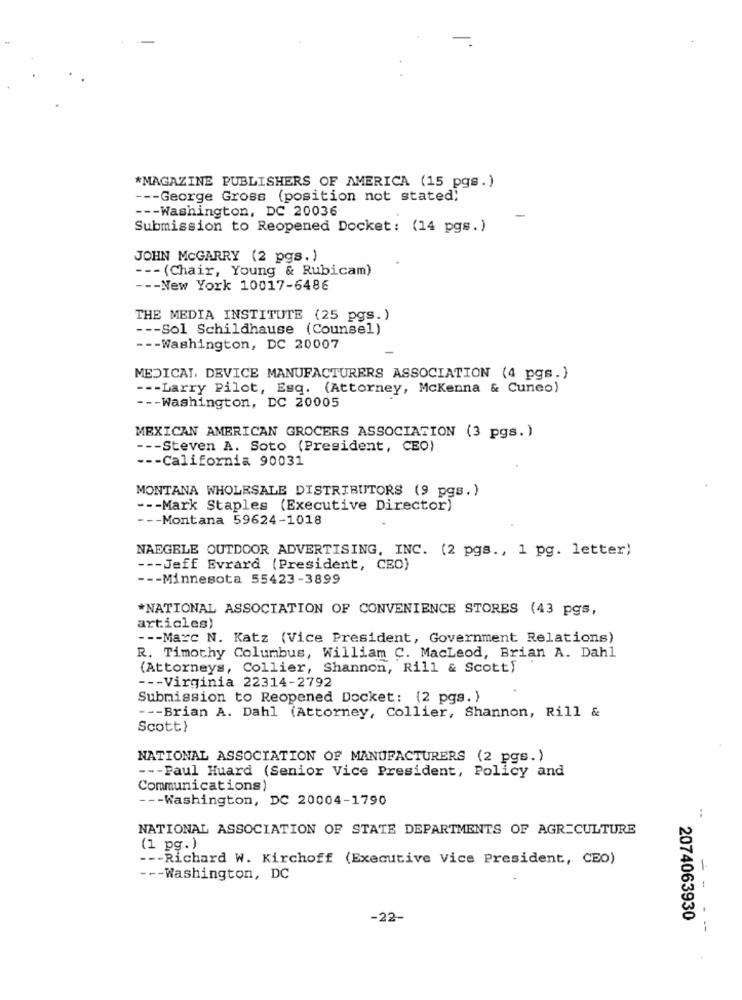
-
*MAGAZINE PUBLISHERS OF AMERICA (15 pgs.)
--- George Gross (position not stated;
--- Washington, DC 20036
-
Submission to Reopened Docket: (14 pgs.)
JOHN McGARRY (2 pgs.)
--- (Chair, Young & Rubicam)
--- New York 10017-6486
THE MEDIA INSTITUTE (25 pgs.)
--- Sol Schildhause (Counsel)
--- Washington, DC 20007
MEDICAL, DEVICE MANUFACTURERS ASSOCIATION (4 pgs.)
--- Larry Pilot, Esq. (Attorney, Mckenna & Cuneo)
--- Washington, DC 20005
MEXICAN AMERICAN GROCERS ASSOCIATION (3 pgs. )
--- Steven A. Soto (President, CEO)
--- California 90031
MONTANA WHOLESALE DISTRIBUTORS (9 pgs.)
--- Mark Staples (Executive Director)
--- Montana 59624-1018
NAEGELE OUTDOOR ADVERTISING, INC. (2 pgs ., 1 pg. letter)
--- Jeff Evrard (President, CEO)
--- Minnesota 55423-3899
*NATIONAL ASSOCIATION OF CONVENIENCE STORES (43 pgs,
articles)
--- Marc N. Katz (Vice President, Government Relations)
R. Timothy Columbus, William C. Macleod, Brian A. Dahl
(Attorneys, Collier, Shannon, Rill & Scott)
--- Virginia 22314-2792
Submission to Reopened Docket: (2 pgs.)
--- Brian A. Dahl (Attorney, Collier, Shannon, Rill &
Scott}
NATIONAL ASSOCIATION OF MANUFACTURERS (2 pgs.)
--- Paul Huard (Senior Vice President, Policy and
Communications)
--- Washington, DC 20004-1790
..
NATIONAL ASSOCIATION OF STATE DEPARTMENTS OF AGRICULTURE
(1 pg.)
--- Richard W. Kirchoff (Executive Vice President, CEO)
--- Washington, DC
-22-
2074063930
-- - --